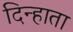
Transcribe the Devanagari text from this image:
दिन्हाता